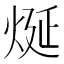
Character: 烻